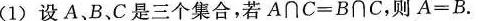
(1)设A、B、C是三个集合，若$$A \cap C = B \cap C$$，则$$A = B$$。